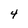
Character: 4